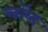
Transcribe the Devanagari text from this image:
लॉय्ड